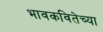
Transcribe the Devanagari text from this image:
भावकवितेच्या